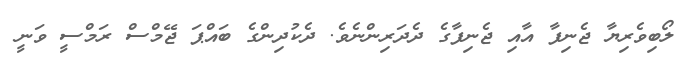
ލޯބިވެރިޔާ ޖެނިފާ އާއި ޖެނިފާގެ ދެދަރިންނެވެ. ދެކުދިންގެ ބައްޕަ ޖޭމްސް ރަމްސީ ވަނީ